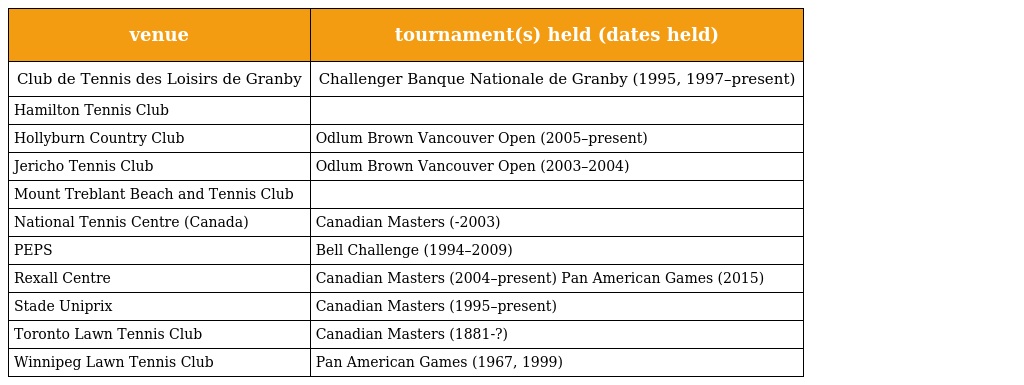
| venue | tournament(s) held (dates held) |
 | --- | --- |
 | Club de Tennis des Loisirs de Granby | Challenger Banque Nationale de Granby (1995, 1997–present) |
 | Hamilton Tennis Club |  |
 | Hollyburn Country Club | Odlum Brown Vancouver Open (2005–present) |
 | Jericho Tennis Club | Odlum Brown Vancouver Open (2003–2004) |
 | Mount Treblant Beach and Tennis Club |  |
 | National Tennis Centre (Canada) | Canadian Masters (-2003) |
 | PEPS | Bell Challenge (1994–2009) |
 | Rexall Centre | Canadian Masters (2004–present) Pan American Games (2015) |
 | Stade Uniprix | Canadian Masters (1995–present) |
 | Toronto Lawn Tennis Club | Canadian Masters (1881-?) |
 | Winnipeg Lawn Tennis Club | Pan American Games (1967, 1999) |